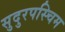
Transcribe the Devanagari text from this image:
सुदुरपस्चिम